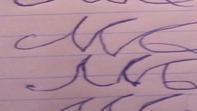
Signature authenticity: forged